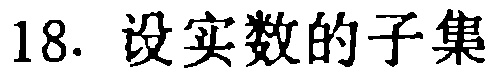
18. 设实数的子集